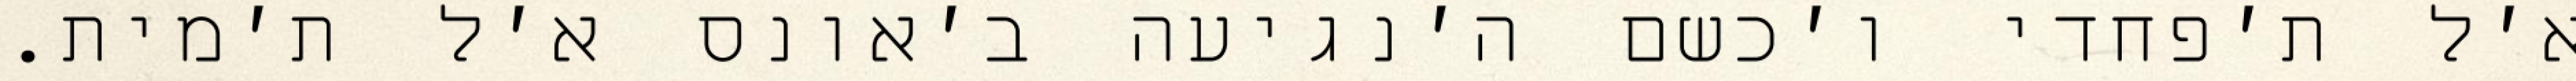
א׳ל ת׳פחדי ו׳כשם ה׳נגיעה ב׳אונס א׳ל ת׳מית.